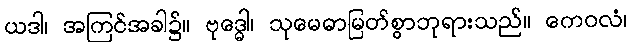
ယဒါ၊ အကြင်အခါ၌။ ဗုဒ္ဓေါ၊ သုမေဓာမြတ်စွာဘုရားသည်။ ကေဝလံ၊